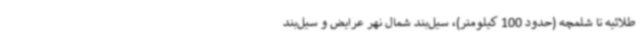
طلائیه تا شلمچه (حدود 100 کیلومتر)، سیل‌بند شمال نهر عرایض و سیل‌بند